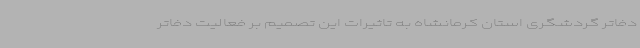
دفاتر گردشگری استان کرمانشاه به تاثیرات این تصمیم بر فعالیت دفاتر